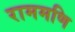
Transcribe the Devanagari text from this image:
राममणि